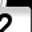
Digit: 2